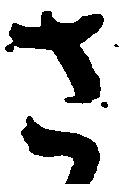
さ